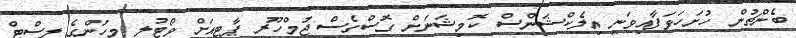
ބެންޗުން ހުށަހަޅަފާއިވަނީ އިލެކްޝަންސް ކޮމިޝަނަށް ގޮސްގެސް ޖުމްހޫރީ ޕާޓީއަށް ވޯޓުލީ މީހުންގެ ލިސްޓް